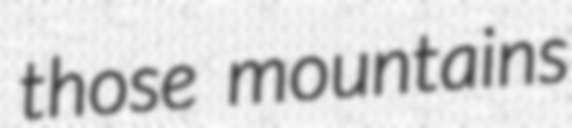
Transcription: those mountains